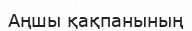
Аңшы қақпанының